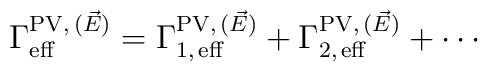
\Gamma_{\rm eff}^{{\rm PV},\,(\vec{E})} = \Gamma_{1,\,{\rm eff}}^{{\rm    PV},\,(\vec{E})} + \Gamma_{2,\,{\rm eff}}^{{\rm PV},\,(\vec{E})} +    \cdots